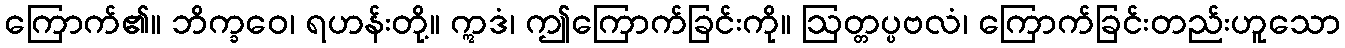
ကြောက်၏။ ဘိက္ခဝေ၊ ရဟန်းတို့။ ဣဒံ၊ ဤကြောက်ခြင်းကို။ ဩတ္တပ္ပဗလံ၊ ကြောက်ခြင်းတည်းဟူသော